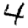
Digit: 4